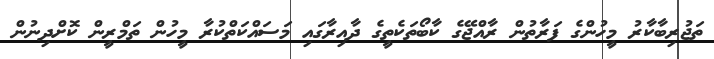
ތަޖުރިބާކާރު މީހުންގެ ފަރާތުން ރާއްޖޭގެ ކާބޯތަކެތީގެ ދާއިރާގައި މަސައްކަތްކުރާ މީހުން ތަމްރީން ކޮށްދިނުން